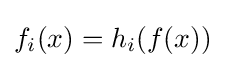
{f}_{i}(x)={h}_{i}(f(x))